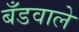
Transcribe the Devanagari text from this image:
बँडवाले